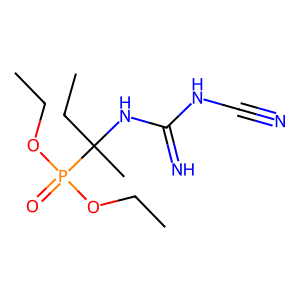
SMILES: CCOP(=O)(OCC)C(C)(CC)NC(=N)NC#N
Inhibits HIV replication: No